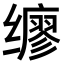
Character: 𫟇